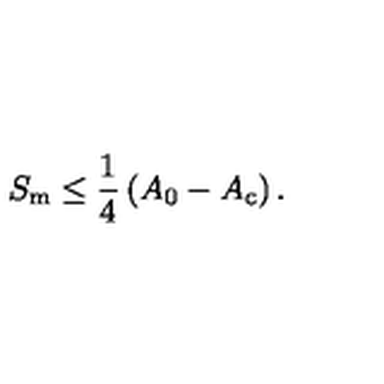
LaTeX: S _ { \mathrm { m } } \leq \frac { 1 } { 4 } \left( A _ { 0 } - A _ { \mathrm { c } } \right) .